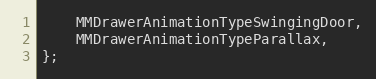
Language: C
    MMDrawerAnimationTypeSwingingDoor,
    MMDrawerAnimationTypeParallax,
};